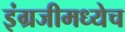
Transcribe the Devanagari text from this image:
इंग्रजीमध्येच